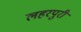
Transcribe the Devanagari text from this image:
लहरपुरी